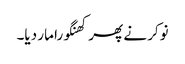
نوکر نے پھر کھنگورا مار دیا۔